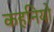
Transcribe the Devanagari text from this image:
कहनियो